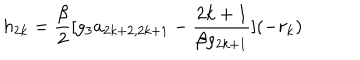
h _ { 2 k } = \frac { \beta } { 2 } [ g _ { 3 } a _ { 2 k + 2 , 2 k + 1 } - \frac { 2 k + 1 } { \beta \rho _ { 2 k + 1 } } ] ( - r _ { k } )